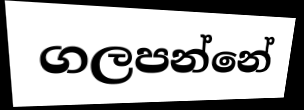
ගලපන්නේ